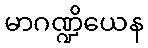
မာဂဏ္ဍိယေန